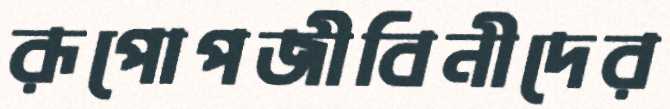
রূপোপজীবিনীদের